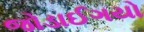
જોડાઈગયો